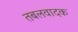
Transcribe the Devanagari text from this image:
तबलवादक